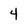
Character: 4